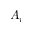
A _ { i }